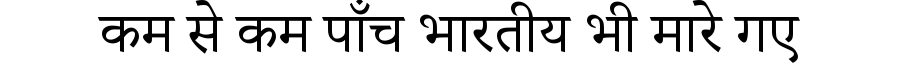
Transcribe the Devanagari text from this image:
कम से कम पाँच भारतीय भी मारे गए